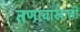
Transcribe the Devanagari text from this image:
तणावाखाली